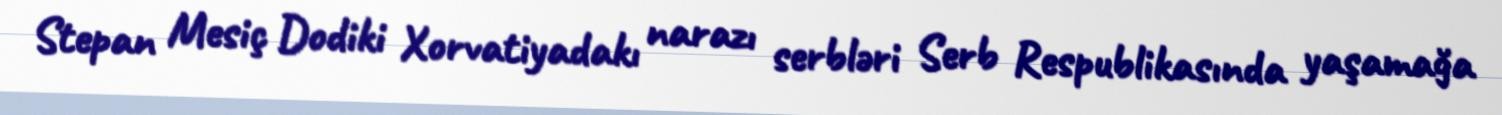
Stepan Mesiç Dodiki Xorvatiyadakı narazı serbləri Serb Respublikasında yaşamağa